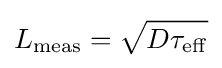
L_{\mathrm {meas} }={\sqrt {D\tau _{\mathrm {eff} }}}